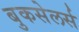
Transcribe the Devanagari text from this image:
बुकसेलर्स